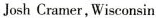
Josh Cramer, Wisconsin